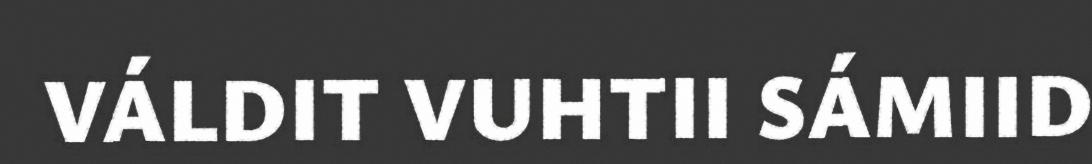
VÁLDIT VUHTII SÁMIID